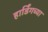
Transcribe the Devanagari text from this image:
हार्डिंगच्या